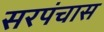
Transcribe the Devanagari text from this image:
सरपंचास